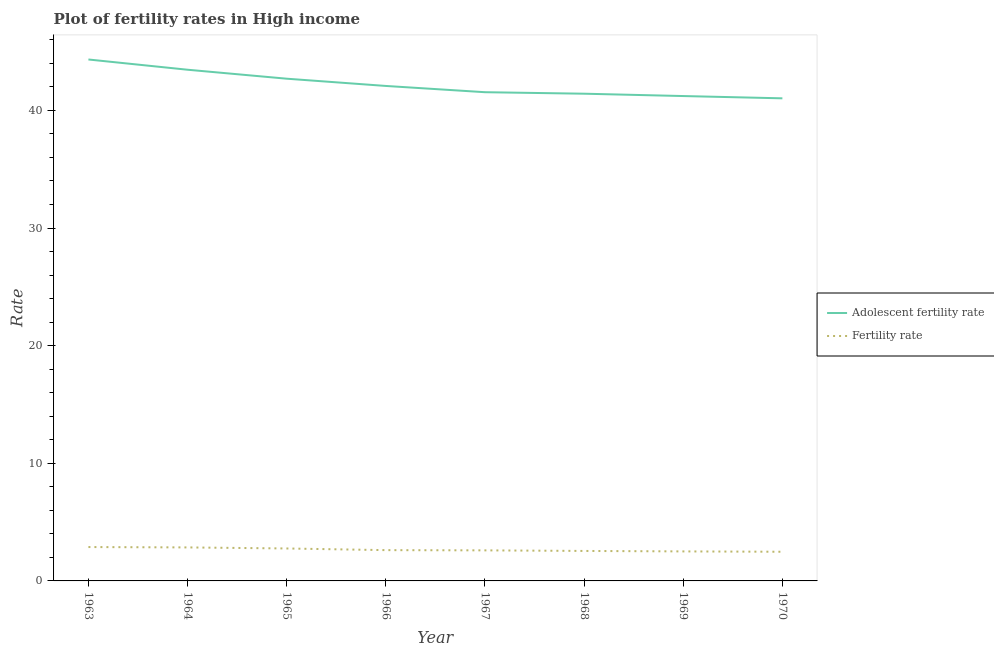
| Year | Adolescent fertility rate | Fertility rate |
 | --- | --- | --- |
 | 1963 | 44.3 | 2.88 |
 | 1964 | 43.5 | 2.85 |
 | 1965 | 42.7 | 2.76 |
 | 1966 | 42.1 | 2.62 |
 | 1967 | 41.5 | 2.6 |
 | 1968 | 41.4 | 2.55 |
 | 1969 | 41.2 | 2.51 |
 | 1970 | 41 | 2.48 |